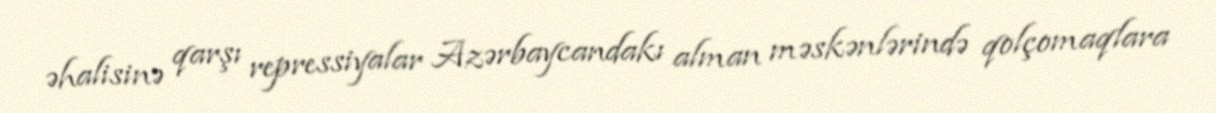
əhalisinə qarşı repressiyalar Azərbaycandakı alman məskənlərində qolçomaqlara